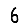
Digit: 6